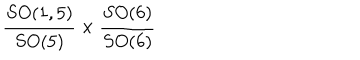
LaTeX: { \frac { S O ( 1 , 5 ) } { S O ( 5 ) } } \times { \frac { S O ( 6 ) } { S O ( 6 ) } }